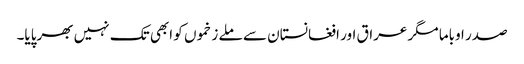
صدر اوباما مگر عراق اور افغانستان سے ملے زخموں کو ابھی تک نہیں بھرپایا۔